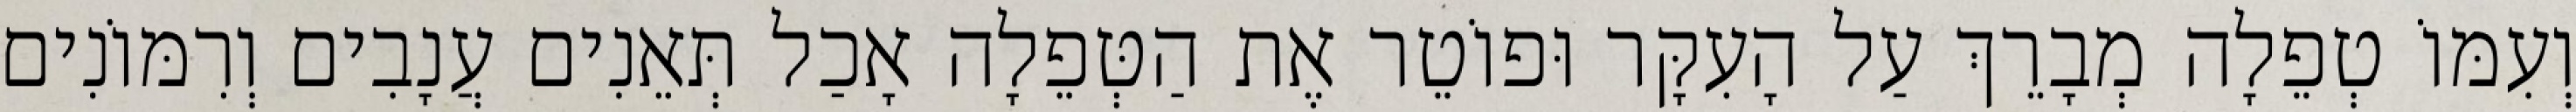
וְעִמּוֹ טְפֵלָה מְבָרֵךְ עַל הָעִקָּר וּפוֹטֵר אֶת הַטְּפֵלָה אָכַל תְּאֵנִים עֲנָבִים וְרִמּוֹנִים